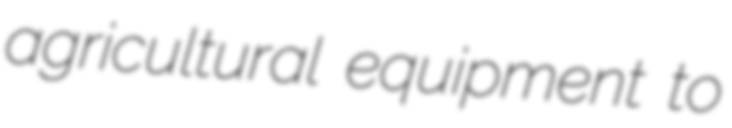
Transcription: agricultural equipment to